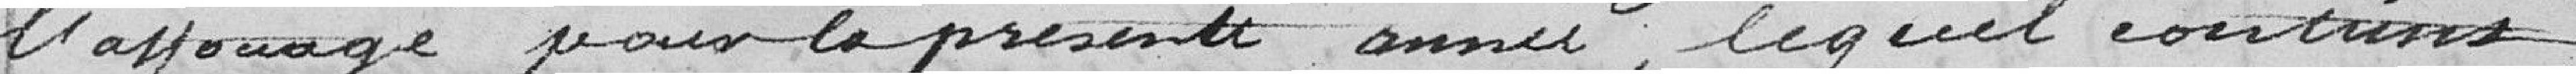
l'affouage pour la présente année, lequel